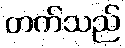
တက်သည်